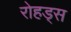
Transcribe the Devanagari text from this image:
रोहड्स